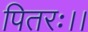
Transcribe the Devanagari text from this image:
पितरः।।